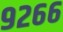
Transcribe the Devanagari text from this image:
९२६६